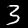
Label: 3